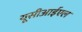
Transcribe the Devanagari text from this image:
यूसीआईएल